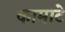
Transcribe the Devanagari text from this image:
कामाटे